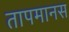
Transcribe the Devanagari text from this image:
तापमानस